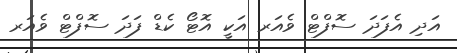
އަދި އެފަދަ ސޮފްޓް ވެއަރ އަކީ އޮޓޯ ކެޑް ފަދަ ސޮފްޓް ވެއަރ